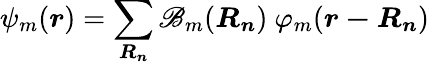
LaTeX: \psi_{m}({\boldsymbol{r}})=\sum_{\boldsymbol{R_{n}}}\mathscr{B}_{m}({\boldsymbol{R_{n}}})\ \varphi_{m}({\boldsymbol{r-R_{n}}})